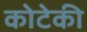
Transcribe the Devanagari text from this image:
कोटेकी